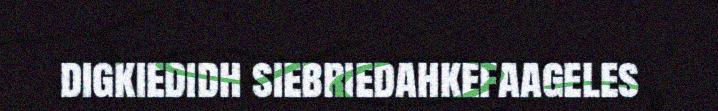
digkiedidh siebriedahkefaageles